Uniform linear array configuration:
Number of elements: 16
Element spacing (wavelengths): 0.75
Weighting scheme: hann
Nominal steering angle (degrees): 45
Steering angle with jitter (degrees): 43.15
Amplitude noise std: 0.05
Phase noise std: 0.05

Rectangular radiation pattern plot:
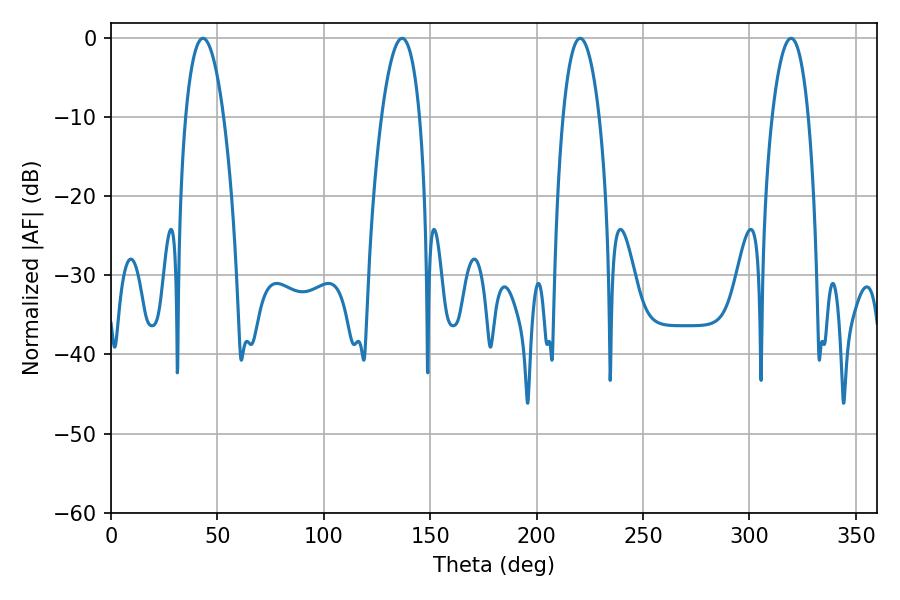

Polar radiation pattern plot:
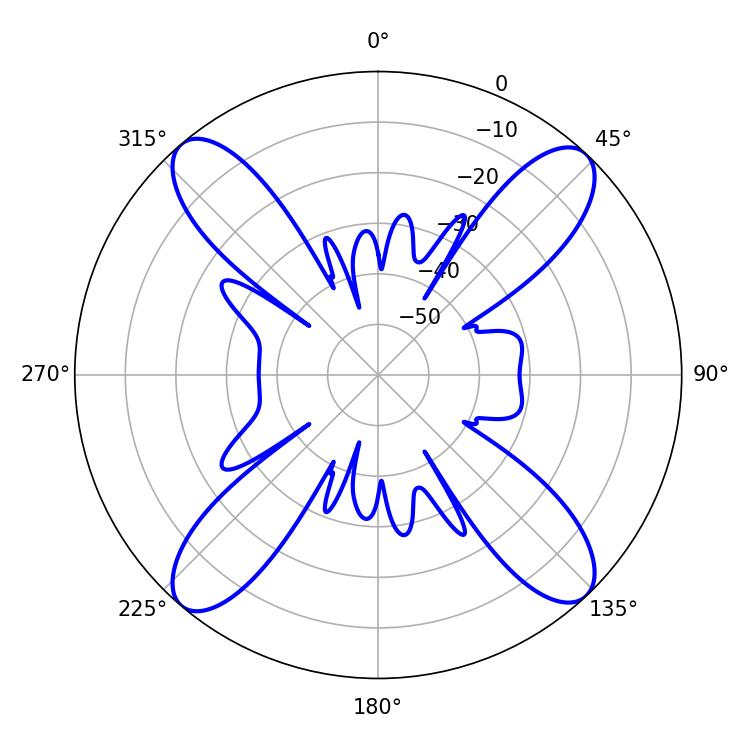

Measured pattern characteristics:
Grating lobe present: TRUE
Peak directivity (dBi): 19.01
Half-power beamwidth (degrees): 9.9
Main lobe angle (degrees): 43.2